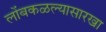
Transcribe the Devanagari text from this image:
लोंबकळल्यासारखा